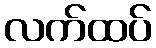
လက်ထပ်